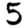
Digit: 5